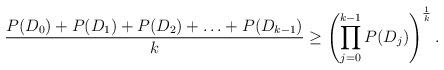
LaTeX: \begin{align*} \dfrac{P(D_{0})+P(D_{1})+P(D_{2})+\ldots+P(D_{k-1})}{k}\geq \left(\prod^{k-1}_{j=0} P(D_{j})\right)^{\frac{1}{k}}. \end{align*}